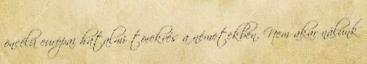
öncélú európai hatalmi törekvés a németekben. Nem akar nálunk